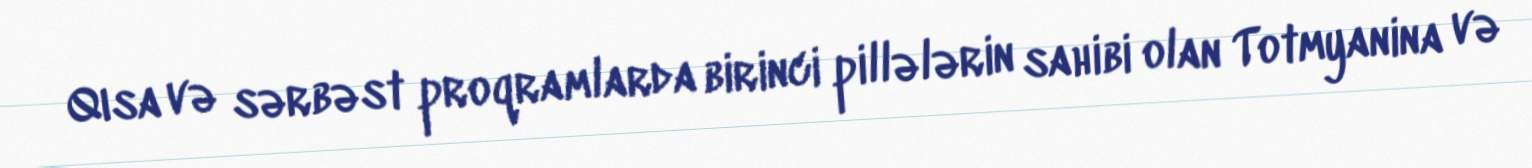
Qısa və sərbəst proqramlarda birinci pillələrin sahibi olan Totmyanina və